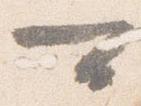
可